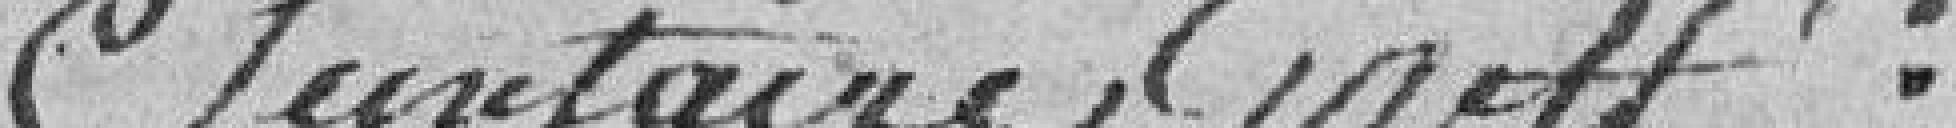
Secrétaire Greff